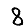
Digit: 8